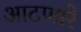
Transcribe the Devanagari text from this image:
आटणारे